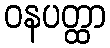
ဝနပတ္ထာ